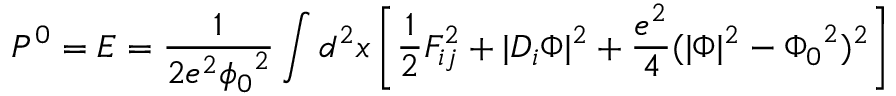
P ^ { 0 } = E = \frac { 1 } { 2 e ^ { 2 } { \phi _ { 0 } } ^ { 2 } } \int d ^ { 2 } x \left[ \frac { 1 } { 2 } F _ { i j } ^ { 2 } + \vert D _ { i } \Phi \vert ^ { 2 } + \frac { e ^ { 2 } } { 4 } ( \vert \Phi \vert ^ { 2 } - { \Phi _ { 0 } } ^ { 2 } ) ^ { 2 } \right]